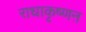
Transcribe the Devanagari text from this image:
राधाकृष्णऩ